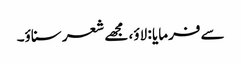
سے فرمایا : لاؤ، مجھے شعر سناؤ۔